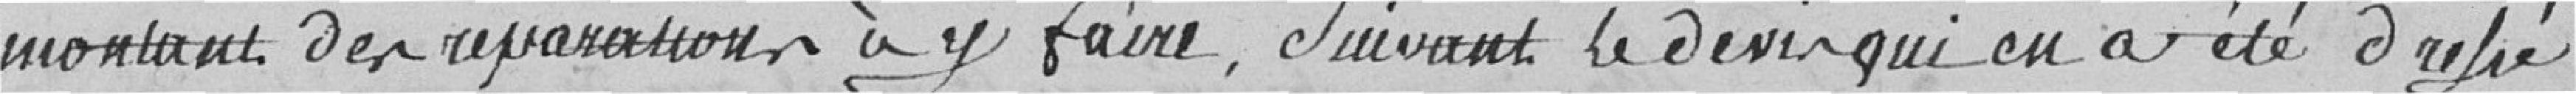
montant de réparations à y faire, suivant le devis qui en a été chiffré